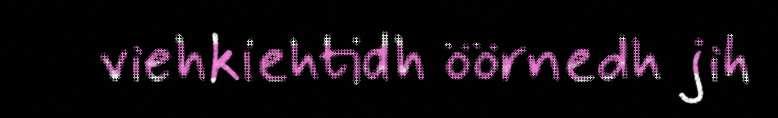
viehkiehtidh öörnedh jih